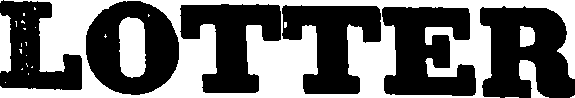
LOTTER